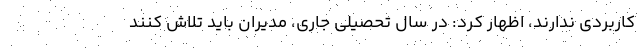
کاربردی ندارند، اظهار کرد: در سال تحصیلی جاری، مدیران باید تلاش کنند